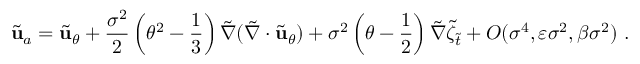
\tilde { \mathbf { u } } _ { a } = \tilde { \mathbf { u } } _ { \theta } + \frac { \sigma ^ { 2 } } { 2 } \left( \theta ^ { 2 } - \frac { 1 } { 3 } \right) \tilde { \nabla } ( \tilde { \nabla } \cdot \tilde { \mathbf { u } } _ { \theta } ) + \sigma ^ { 2 } \left( \theta - \frac { 1 } { 2 } \right) \tilde { \nabla } \tilde { \zeta } _ { \tilde { t } } + O ( \sigma ^ { 4 } , \varepsilon \sigma ^ { 2 } , \beta \sigma ^ { 2 } ) \ .